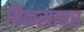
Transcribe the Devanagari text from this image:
विकसावर